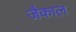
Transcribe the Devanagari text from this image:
जैकाल